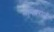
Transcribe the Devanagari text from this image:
नागवराळी